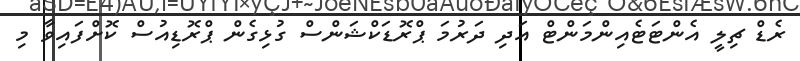
ރެޑް ޗިލީ އެންޓަޓެއިންމަންޓް އަދި ދަރުމަ ޕްރޮޑަކްޝަންސް ގުޅިގެން ޕްރޮޑިއުސް ކޮށްފައިވާ މި